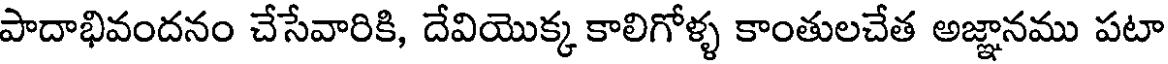
పాదాభివందనం చేసేవారికి, దేవియొక్క కాలిగోళ్ళ కాంతులచేత అజ్ఞానము పటా